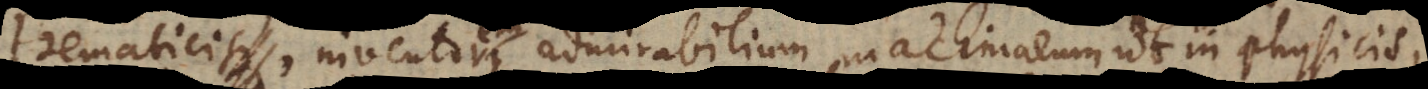
thematicis, inventoremque admirabilium machinarum ut in physicis,